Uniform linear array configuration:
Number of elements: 24
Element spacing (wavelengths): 0.5
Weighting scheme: kaiser
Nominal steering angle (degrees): -15
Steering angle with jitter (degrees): -13.435
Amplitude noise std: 0.05
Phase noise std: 0.05

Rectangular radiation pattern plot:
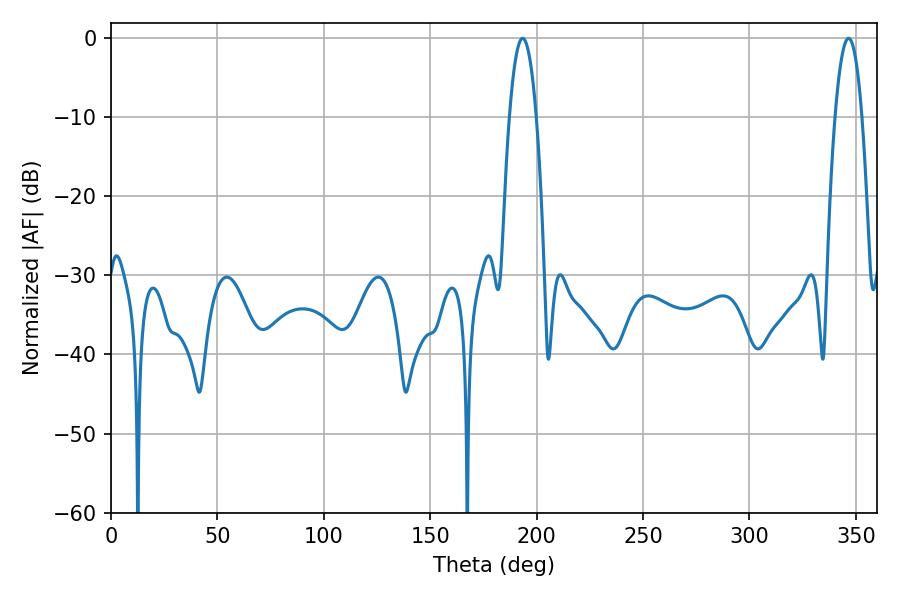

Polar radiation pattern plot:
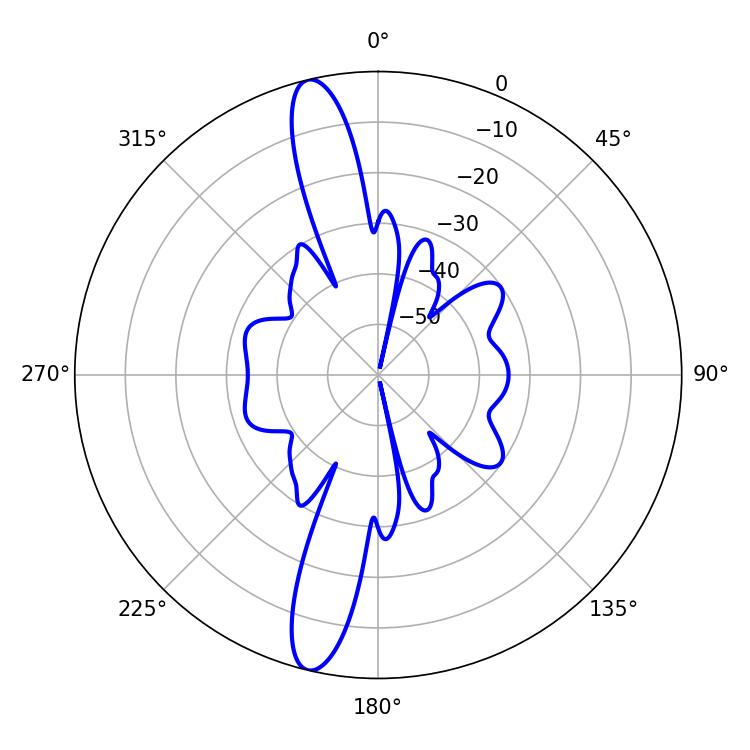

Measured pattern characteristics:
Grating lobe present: FALSE
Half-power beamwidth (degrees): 7.02
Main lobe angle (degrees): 193.5